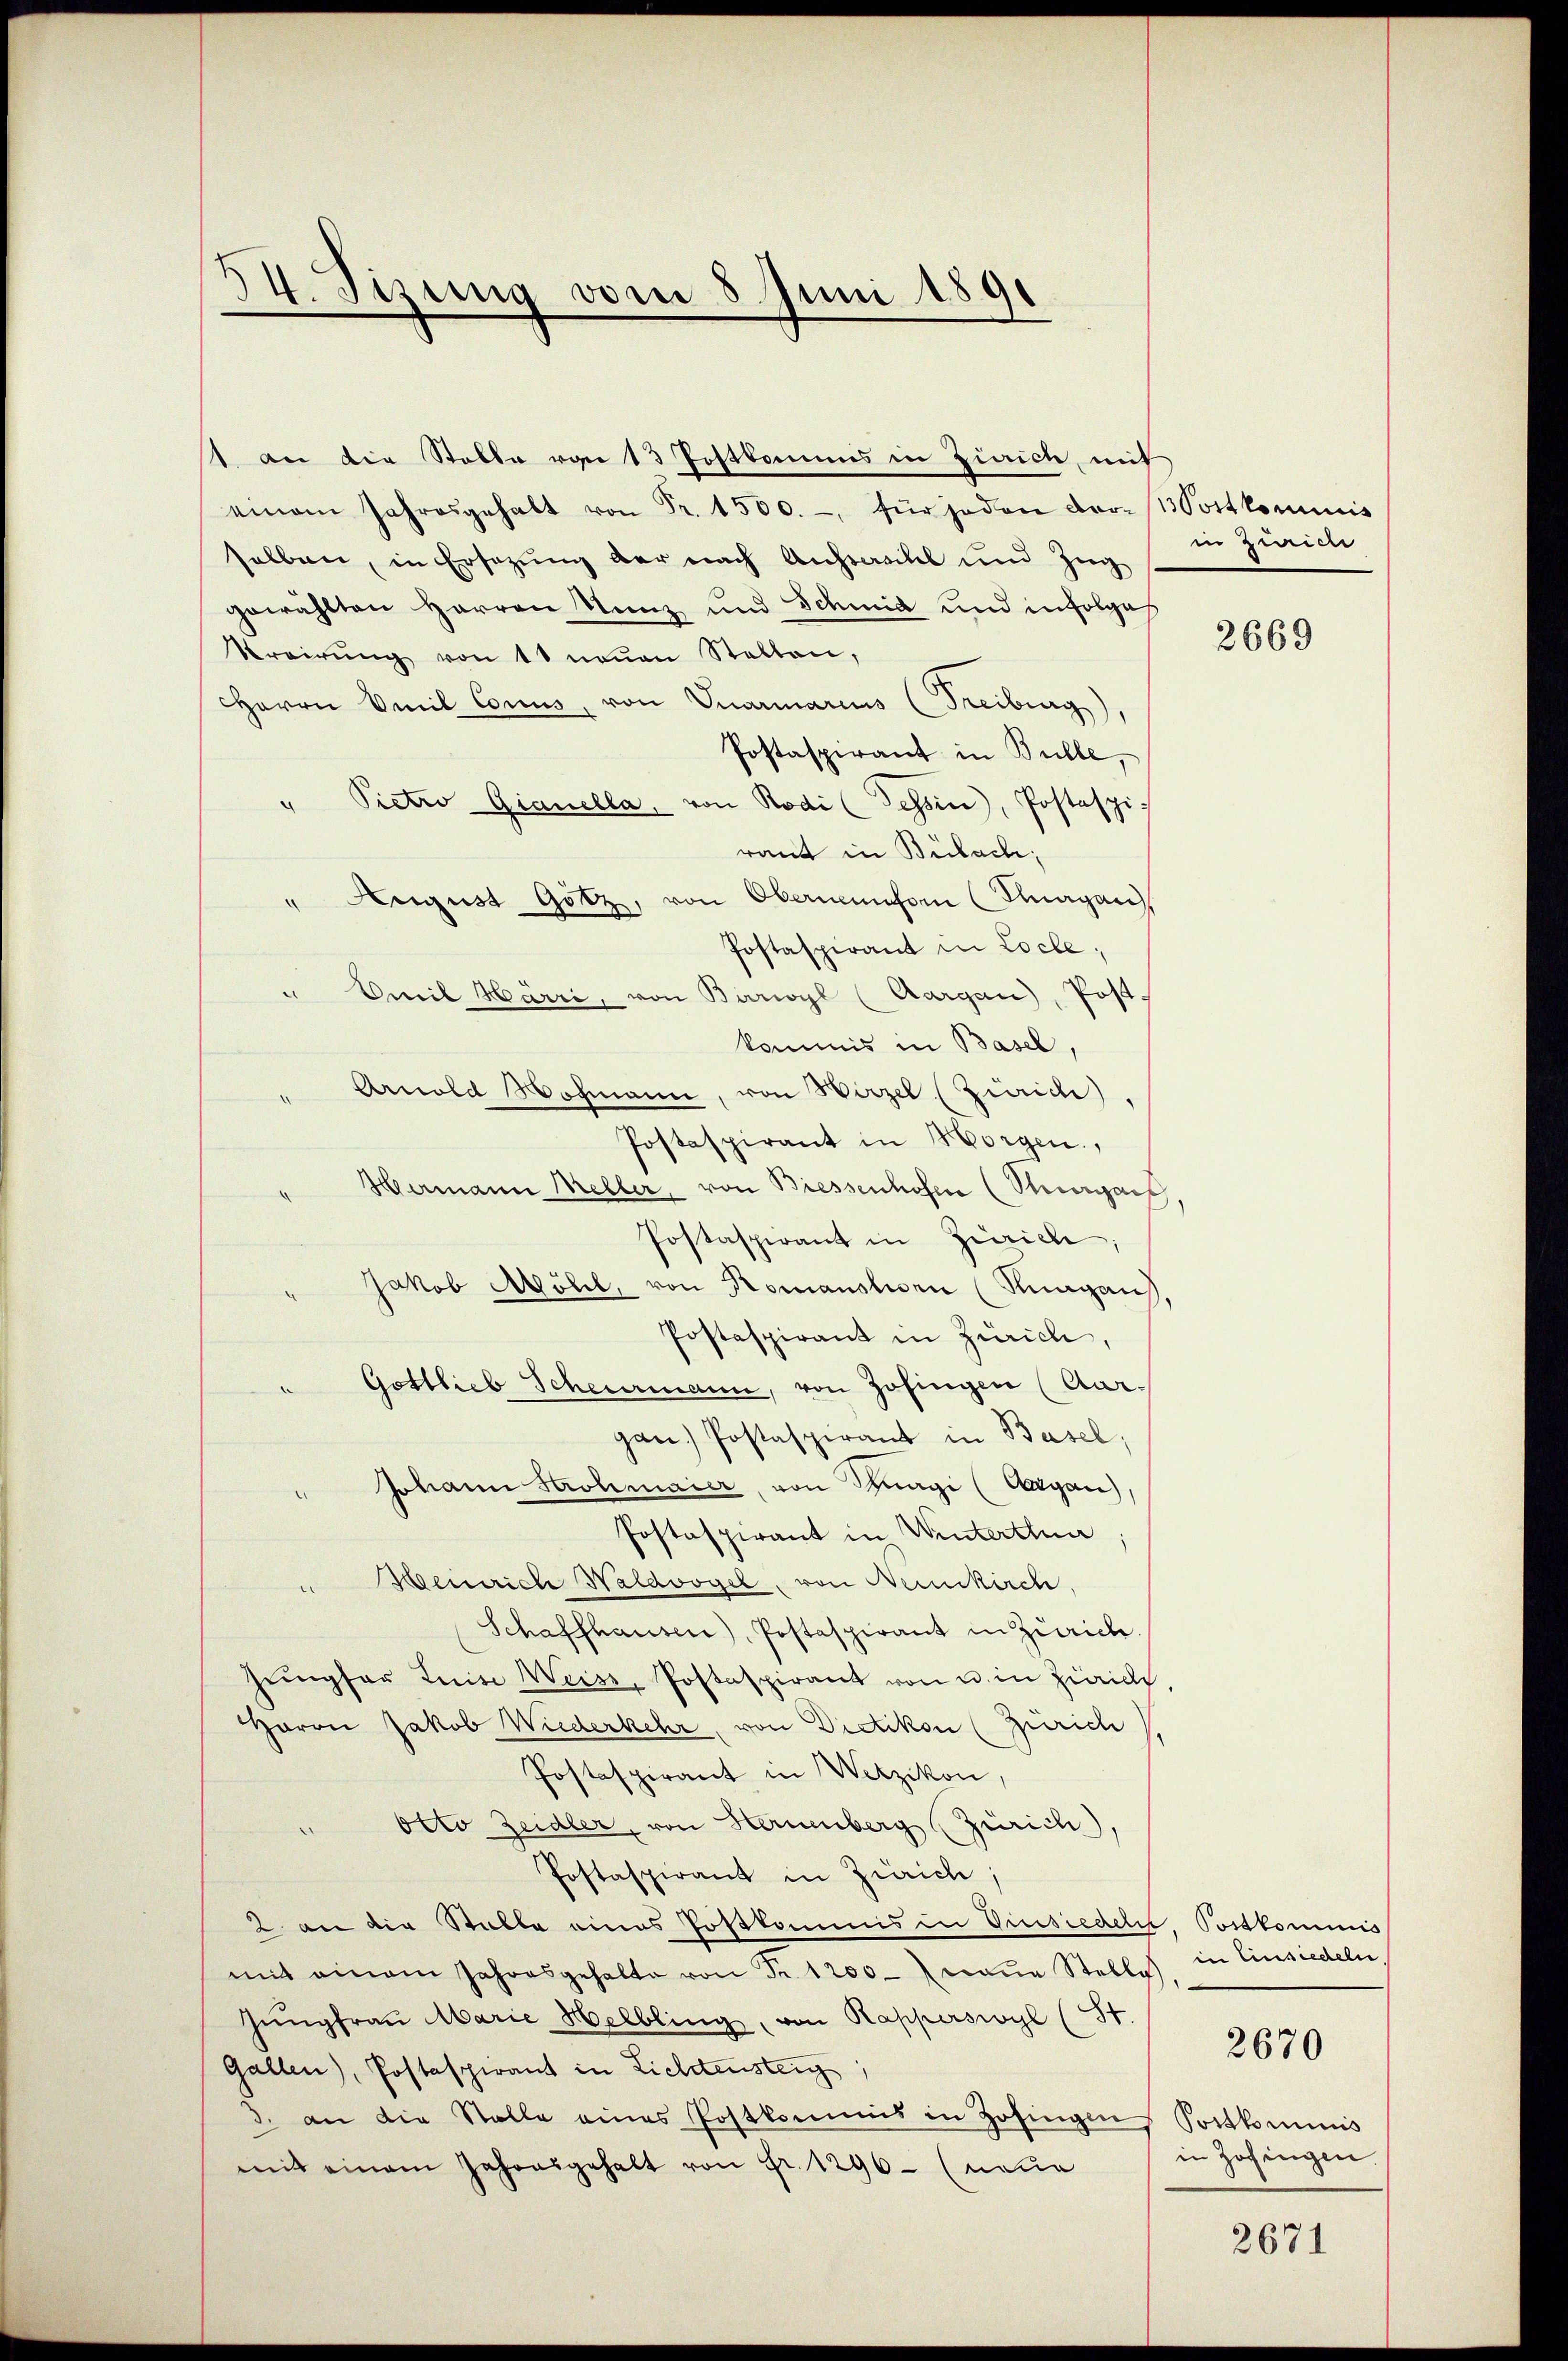
34. Tizung vom 8 Juni 1891

t an die Stalle von 13 Postkamins in Zürich, mit
einem Jahresgehalt von Fr. 1500.- für jeden der Post kommis
selben, in Ersetzung der nach Aussersihl und Zug
gewählten Herren Nunz und Schmid und infolge
Krairŭng von 11 neŭen Stellen,
HHerrn Emil Conus, von Vuarmarius (Freiburg),
Postaspirant in Bulle,
Pietro Gianella, von Rodi (Tessin, Postaspi-
raut in Bülach,
" August Gotz, von Obernemforn (Knagan
Postaspirant in Locle,
Emil Härri, von Barwyl (Aargau, Post-
kommis in Basel,
" Arnold Hochmann, von Hirzel (Zürich).
Postaspirant in Horgen,
Hermann Meller, von Biessenhofen (Sergans,
Postaspirant in Zürich;
Jakob Möhl, von Romansten (Knagans,
Postaspirant in Zürich,
Gottlieb Scheurmann, von Zofingen (Aargan. Postaspirant in Basel,
Johann Strohmaier, von Knagi (Argau),
Postaspirant in Winterthun
Heinrich Waldvogel, von Neunkirch,
Schaffhausen), Postaspirant in Zürich.
Jungfer Luise Weise, Postaspirant von u. in Zürich
Haron Jakob Wiederkehr, von Dietikon (Zürich
Postaspirant in Wetzikon,
Otto Zeidler, von Hernenberg (Zürich),
Postaspirant in Zürich;
2 an die Stalle eines Postkommis in Ginsiedeln, Postkommis
mit einem Jahresgehalte von Fr. 1200 neue Stelles. in Einsiedeln,
Jŭngfraŭ Marie Helbling, von Kapperswyl (St.
Gallen), Postaspirant in Lichtensteig
3. an die Stalle eines Postkommis in Zofingen Portkommis
mit einem Jahresgehalt von Fr. 1296- (neue

in gerien

2669

2670

in Zofingen

2671